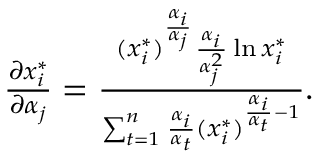
\begin{array} { r } { \frac { \partial x _ { i } ^ { * } } { \partial \alpha _ { j } } = \frac { ( x _ { i } ^ { * } ) ^ { \frac { \alpha _ { i } } { \alpha _ { j } } } \frac { \alpha _ { i } } { \alpha _ { j } ^ { 2 } } \ln x _ { i } ^ { * } } { \sum _ { t = 1 } ^ { n } \frac { \alpha _ { i } } { \alpha _ { t } } ( x _ { i } ^ { * } ) ^ { \frac { \alpha _ { i } } { \alpha _ { t } } - 1 } } . } \end{array}